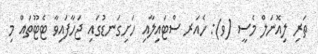
ތަރި ލިއޮނަލް މެސީ (ވ): ހެއަރ ސްޓައިލާއި ހަށިގަނޑުގައި ޖަހާފައިވާ ޓެޓޫތައް މި